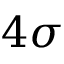
4 \sigma